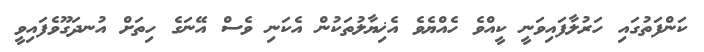
ކަންފަތުގައި ހަރުލާފައިވަނީ ކީއްވެ ހެއްޔެވެ އެޚިޔާލުތަކުން އެކަނި ވެސް އޭނަގެ ހިތަށް އުނދަގޫވެފައިވީ